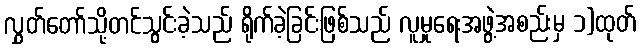
လွှတ်တော်သို့တင်သွင်းခဲ့သည် ရိုက်ခဲ့ခြင်းဖြစ်သည် လူမှုရေးအဖွဲ့အစည်းမှ ၁)ထုတ်